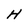
Character: H